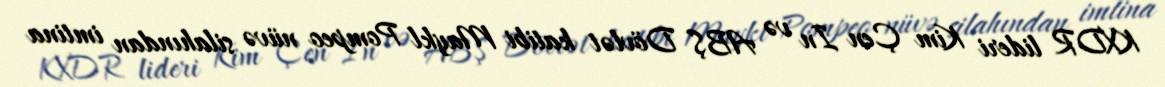
KXDR lideri Kim Çen In və ABŞ Dövlət katibi Maykl Pompeo nüvə silahından imtina